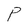
Character: P